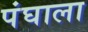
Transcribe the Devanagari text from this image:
पंघाला